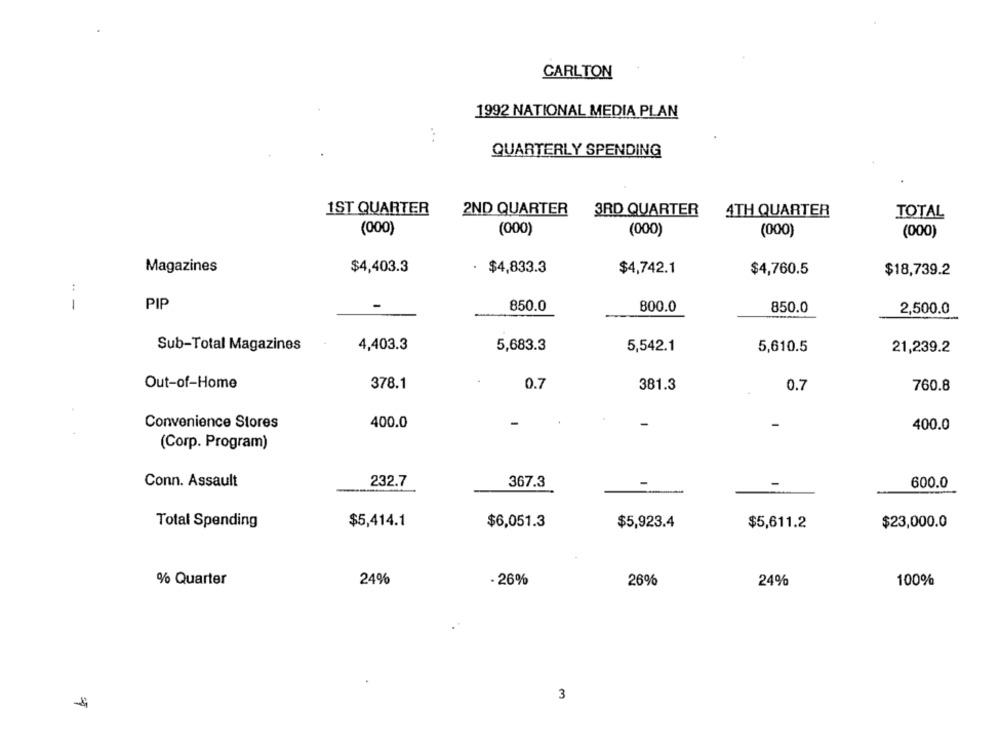
CARLTON
1992 NATIONAL MEDIA PLAN
:
QUARTERLY SPENDING
1ST QUARTER
2ND QUARTER
3RD QUARTER
4TH QUARTER
TOTAL
(000)
(000)
(000)
(000)
(000)
Magazines
$4,403.3
· $4,833.3
$4,742.1
$4,760.5
$18,739.2
..
1
PIP
850.0
800.0
850.0
2,500.0
4,403.3
Sub-Total Magazines
5,683.3
5,542.1
5,610.5
21,239.2
Out-of-Home
378.1
0.7
381.3
0.7
760.8
Convenience Stores
400.0
400.0
(Corp. Program)
Conn. Assault
232.7
367.3
600.0
Total Spending
$5,414.1
$6,051.3
$5,923.4
$5,611.2
$23,000.0
% Quarter
24%
. 26%
26%
24%
100%
3